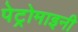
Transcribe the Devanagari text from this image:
पेट्रोमाइनी